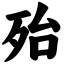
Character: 殆